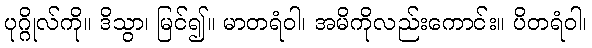
ပုဂ္ဂိုလ်ကို။ ဒိသွာ၊ မြင်၍။ မာတရံဝါ၊ အမိကိုလည်းကောင်း။ ပိတရံဝါ၊